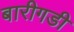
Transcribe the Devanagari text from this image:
बारीगडी